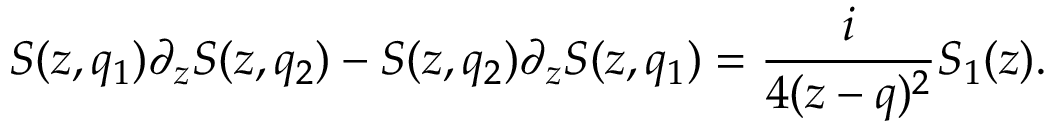
S ( z , q _ { 1 } ) \partial _ { z } S ( z , q _ { 2 } ) - S ( z , q _ { 2 } ) \partial _ { z } S ( z , q _ { 1 } ) = { \frac { i } { 4 ( z - q ) ^ { 2 } } } S _ { 1 } ( z ) .